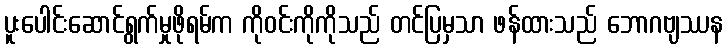
ပူးပေါင်းဆောင်ရွက်မှုဖိုရမ်က ကိုဝင်းကိုကိုသည် တင်ပြမှသာ ဖန်ထားသည် ဘောဂဗျဿန